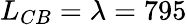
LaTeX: L_{CB}=\lambda=795